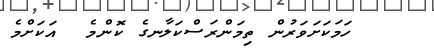
ހަމަކަށަވަރުން ތިމަންރަސްކަލާނގެ ކޮންމެ  އަކަށްމެ